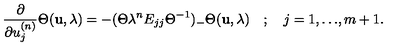
\frac { \partial } { \partial u _ { j } ^ { ( n ) } } \Theta ( { \bf u } , \lambda ) = - ( \Theta \lambda ^ { n } E _ { j j } { \Theta } ^ { - 1 } ) _ { - } \Theta ( { \bf u } , \lambda ) \quad ; \quad j = 1 , { \ldots } , m + 1 .